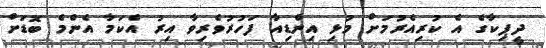
ދީޕިކާގެ އެ ކުރިއެރުމަށް މުޅި އިންޑިއާ ފަހުރުވެރިވާ އިރު އެކަމާ އެންމެ ބޮޑަށް